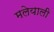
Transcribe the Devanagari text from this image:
मलेयाली